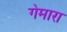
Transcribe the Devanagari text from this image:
गेमारा